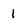
Character: I